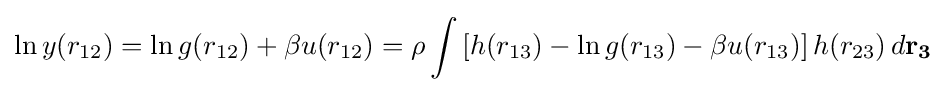
\ln y(r_{12})=\ln g(r_{12})+\beta u(r_{12})=\rho \int \left[h(r_{13})-\ln g(r_{13})-\beta u(r_{13})\right]h(r_{23})\,d\mathbf {r_{3}}